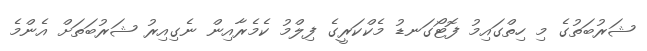
ޝަރުބަތުގެ މި ހިތްގައިމު ފޮޓޯގަނޑު މެކްކަރީގެ ފިލްމު ކެމެރާއިން ނެގިއިރު ޝަރުބަތަށް އެންމެ